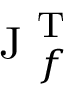
\mathrm { ~ J ~ } _ { f } ^ { \operatorname { T } }